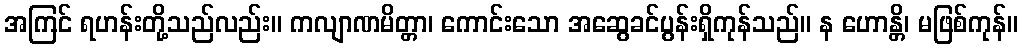
အကြင် ရဟန်းတို့သည်လည်း။ ကလျာဏမိတ္တာ၊ ကောင်းသော အဆွေခင်ပွန်းရှိကုန်သည်။ န ဟောန္တိ၊ မဖြစ်ကုန်။